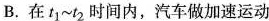
B.在t_{1}~t_{2}时间内，汽车做加速运动